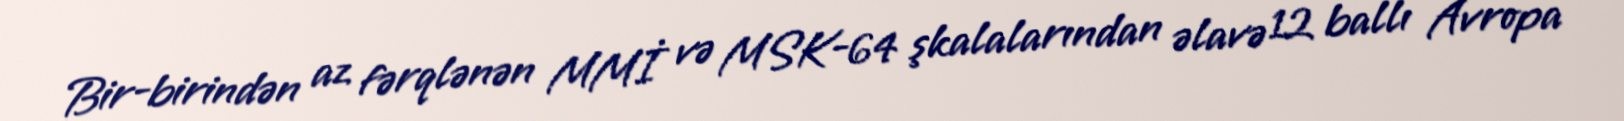
Bir-birindən az fərqlənən MMİ və MSK-64 şkalalarından əlavə 12 ballı Avropa